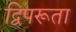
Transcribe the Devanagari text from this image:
द्विपरूता